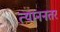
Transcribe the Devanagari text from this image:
त्याननतर